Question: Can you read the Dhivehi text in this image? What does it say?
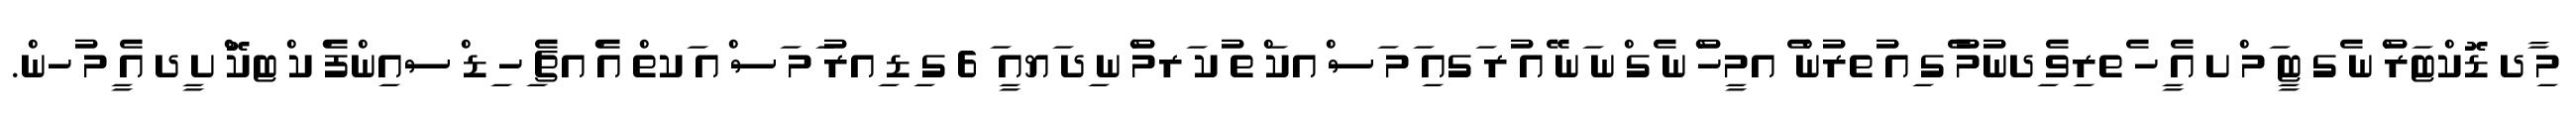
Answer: މި ާދ ޑޮކްޓަރު ްނ ެގ ޓީ ަމ ްށ އެ ީހ ެތރިވެ ިދނުމު ެގ ިއ ުތރުން ެ އމީހު ްނ ެގ ްނ ަނ ޭއ ުރ ަގއި ަމ ަސ ްއކަ ްތ ުކ ަރމު ްނ ިދ ަޔއީ ަ 6 ގ ިޑ ިއރު ަމ ަސ ްއ ަކތް އެ ްއޗެ ިހ ިޑ ްސއިންފެ ްކ ްޓކޮ ްށ ީދ އެ ީމ ުހން.